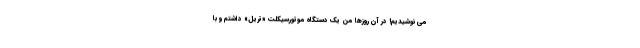
می نوشیدیم! در آن روزها من یک دستگاه موتورسیکلت «تریل» داشتم و با